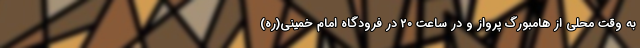
به وقت محلی از هامبورگ پرواز و در ساعت ۲۰ در فرودگاه امام خمینی(ره)